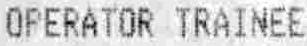
OPERATOR TRAINEE